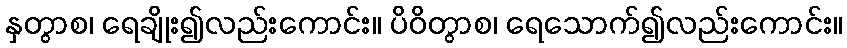
နှတွာစ၊ ရေချိုး၍လည်းကောင်း။ ပိဝိတွာစ၊ ရေသောက်၍လည်းကောင်း။